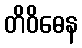
တိဝိဓေန